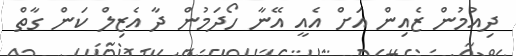
ދިއުމުން ޒެއިން އަށް އެއީ އޭނާ ހޯދަމުން ދާ އެޒިލް ކަން ގާތް